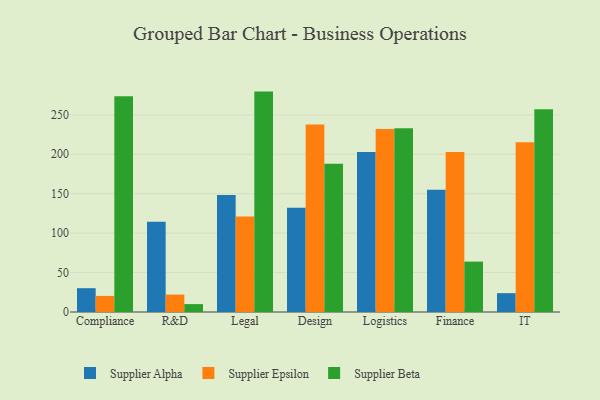
{"axis": {"x": "Department", "y": "Headcount"}, "legend": ["Supplier Alpha", "Supplier Beta", "Supplier Epsilon"], "data": [{"x": "Compliance", "y": 30.2, "type": "Supplier Alpha"}, {"x": "Compliance", "y": 20.4, "type": "Supplier Epsilon"}, {"x": "Compliance", "y": 273.6, "type": "Supplier Beta"}, {"x": "R&D", "y": 114.3, "type": "Supplier Alpha"}, {"x": "R&D", "y": 22.1, "type": "Supplier Epsilon"}, {"x": "R&D", "y": 10.0, "type": "Supplier Beta"}, {"x": "Legal", "y": 148.4, "type": "Supplier Alpha"}, {"x": "Legal", "y": 121.2, "type": "Supplier Epsilon"}, {"x": "Legal", "y": 279.5, "type": "Supplier Beta"}, {"x": "Design", "y": 132.1, "type": "Supplier Alpha"}, {"x": "Design", "y": 237.9, "type": "Supplier Epsilon"}, {"x": "Design", "y": 187.9, "type": "Supplier Beta"}, {"x": "Logistics", "y": 203.0, "type": "Supplier Alpha"}, {"x": "Logistics", "y": 232.0, "type": "Supplier Epsilon"}, {"x": "Logistics", "y": 233.0, "type": "Supplier Beta"}, {"x": "Finance", "y": 155.1, "type": "Supplier Alpha"}, {"x": "Finance", "y": 202.9, "type": "Supplier Epsilon"}, {"x": "Finance", "y": 63.9, "type": "Supplier Beta"}, {"x": "IT", "y": 23.9, "type": "Supplier Alpha"}, {"x": "IT", "y": 215.4, "type": "Supplier Epsilon"}, {"x": "IT", "y": 257.0, "type": "Supplier Beta"}]}